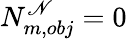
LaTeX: N_{m,obj}^{\mathscr{N}}=0